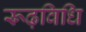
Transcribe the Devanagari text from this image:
रूढ़विधि